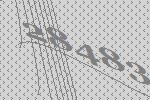
28483